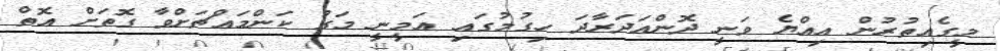
މީގެއިތުރުން އިއްޔެ ވަނީ ދޮންއަދަރާދަ ހިގުމުގައި އަމީނީ މަގު ކަންމައްޗަށްވާ ގޮތަށް އޮތް